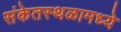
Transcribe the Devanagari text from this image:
संकेतस्थळामध्ये